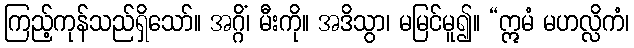
ကြည့်ကုန်သည်ရှိသော်။ အဂ္ဂိံ၊ မီးကို။ အဒိသွာ၊ မမြင်မူ၍။ “ဣမံ မဟလ္လိကံ၊